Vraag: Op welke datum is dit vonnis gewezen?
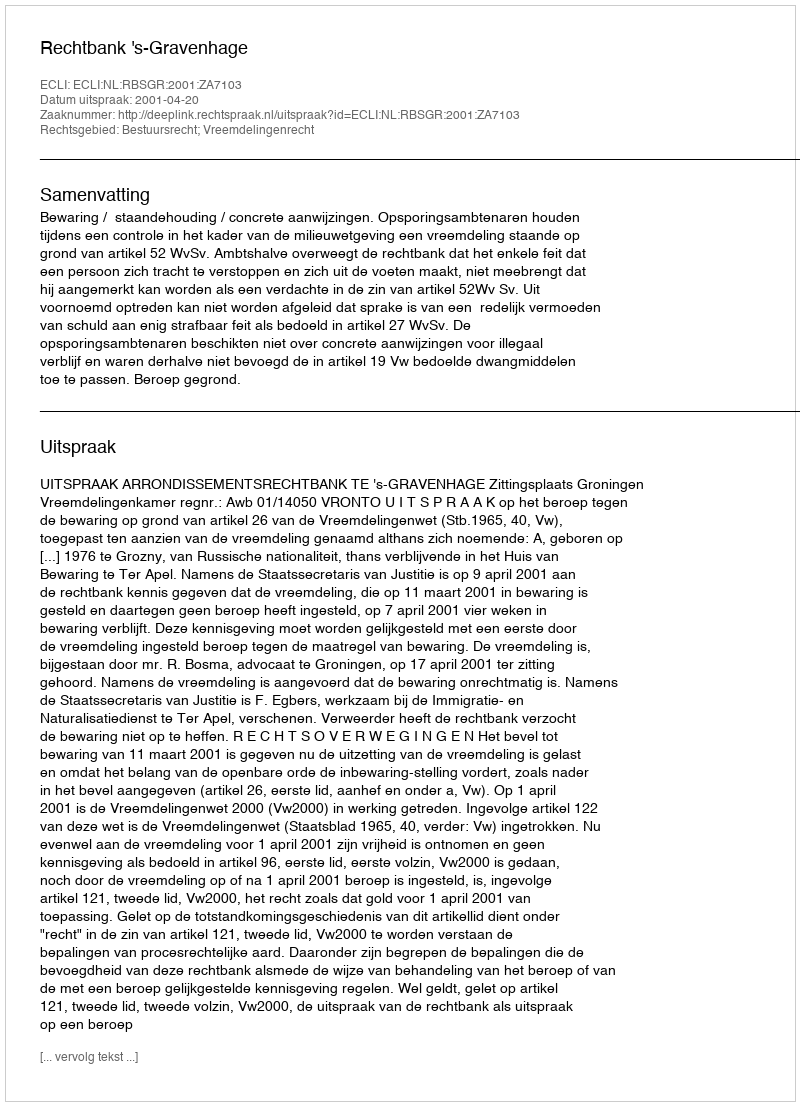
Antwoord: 2001-04-20